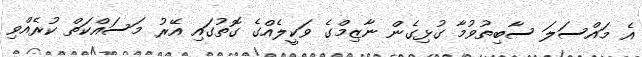
އެ މައްސަލަ ސާބިތުވުމާ ގުޅިގެން ނާޒިމްގެ ވަކީލެއްގެ ގޮތުގައި އޭރު މަސައްކަތް ކުރެއްވި